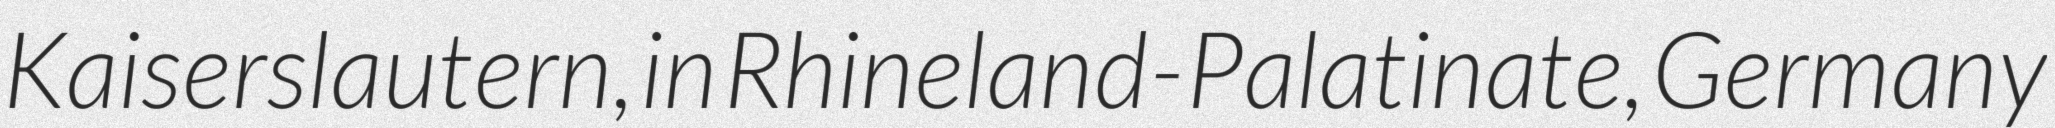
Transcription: Kaiserslautern, in Rhineland-Palatinate, Germany